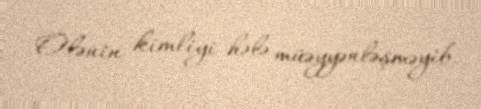
Ölənin kimliyi hələ müəyyənləşməyib.